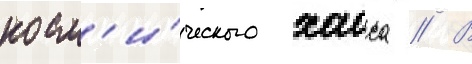
косм'и́ческого хаоса // В